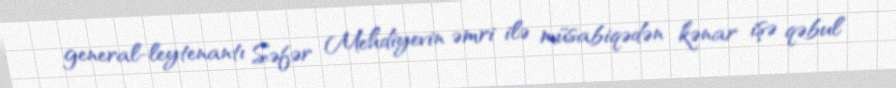
general-leytenantı Səfər Mehdiyevin əmri ilə müsabiqədən kənar işə qəbul